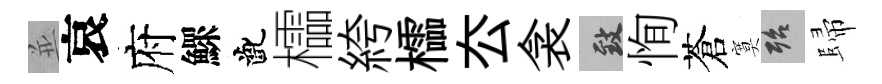
並哀府鰥齔櫺絝櫺厺衾致恂蒼寞殆歸